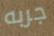
جربه